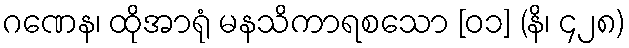
ဂဏေန၊ ထိုအာရုံ မနသိကာရစသော [၀၁] (နိ၊ ၄၂၈)